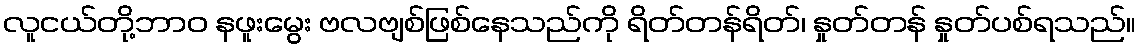
လူငယ်တို့ဘာဝ နဖူးမွေး ဗလဗျစ်ဖြစ်နေသည်ကို ရိတ်တန်ရိတ်၊ နှုတ်တန် နှုတ်ပစ်ရသည်။